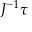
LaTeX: J ^ { - 1 } { \boldsymbol { \tau } }